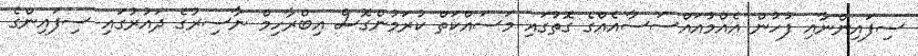
ސިފައިންނާއި ފުހުން އެއްމުއައްސަސާއެއްގެ ގޮތުގައި މަސައްކަތް ކުރަމުންގޮސް އިބްރާހިމް ނާސިރުގެ ދައުރުގައި ސިފައިންގެ